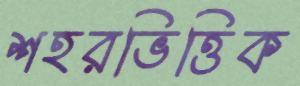
শহরভিত্তিক